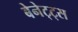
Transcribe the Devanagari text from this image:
बेनेट्ट्स